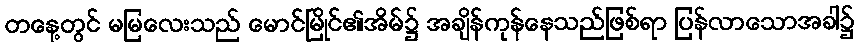
တနေ့တွင် မမြလေးသည် မောင်မြိုင်၏အိမ်၌ အချိန်ကုန်နေသည်ဖြစ်ရာ ပြန်လာသောအခါ၌